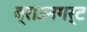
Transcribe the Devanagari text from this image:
ब्राउनगर्ट